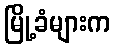
မြို့ခံများက